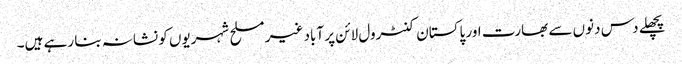
پچھلے دس دنوں سے بھارت اور پاکستان کنٹرول لائن پر آباد غیر مسلح شہریوں کو نشانہ بنا رہے ہیں۔